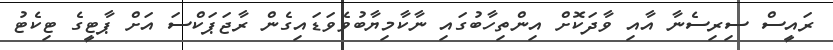
ރައީސް ސިރިސެނާ އާއި ވާދަކޮށް އިންތިހާބުގައި ނާކާމިޔާބުވެވަޑައިގެން ރާޖަޕަކްސަ އަށް ޕާޓީގެ ޓިކެޓު